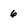
Character: 6